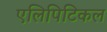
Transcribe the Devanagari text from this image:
एलिपिटिकल